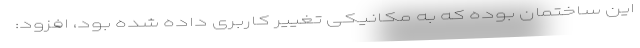
این ساختمان بوده که به مکانیکی تغییر کاربری داده شده بود، افزود:‌